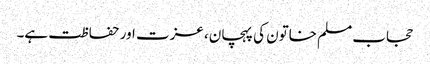
حجاب مسلم خاتون کی پہچان، عزت اور حفاظت ہے۔